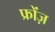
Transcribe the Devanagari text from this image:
फ्रोंज़